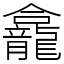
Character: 龕